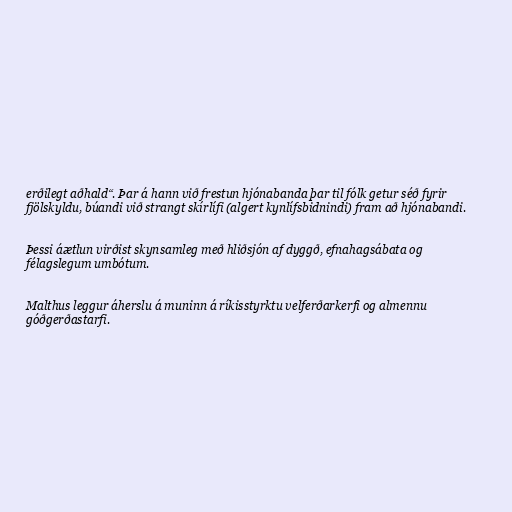
erðilegt aðhald“. Þar á hann við frestun hjónabanda þar til fólk getur séð fyrir
fjölskyldu, búandi við strangt skírlífi (algert kynlífsbidnindi) fram að hjónabandi.

Þessi áætlun virðist skynsamleg með hliðsjón af dyggð, efnahagsábata og
félagslegum umbótum.

Malthus leggur áherslu á muninn á ríkisstyrktu velferðarkerfi og almennu
góðgerðastarfi.